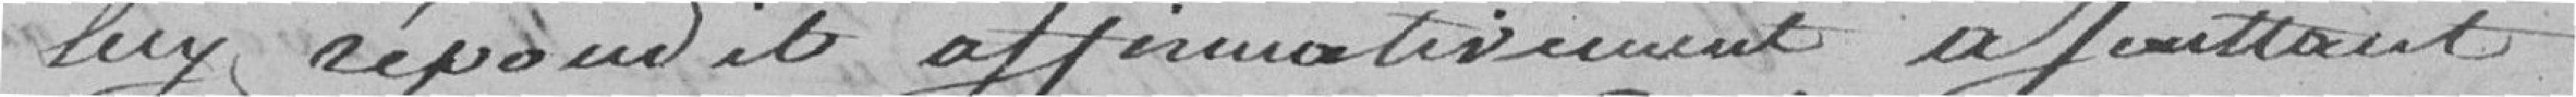
luy répondit affirmativement ajoutant